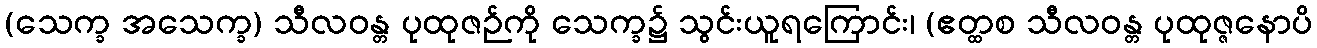
(သေက္ခ အသေက္ခ) သီလဝန္တ ပုထုဇဉ်ကို သေက္ခ၌ သွင်းယူရကြောင်း၊ (ဧတ္ထစ သီလဝန္တ ပုထုဇ္ဇနောပိ